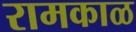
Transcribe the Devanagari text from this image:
रामकाळ